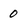
Character: 0